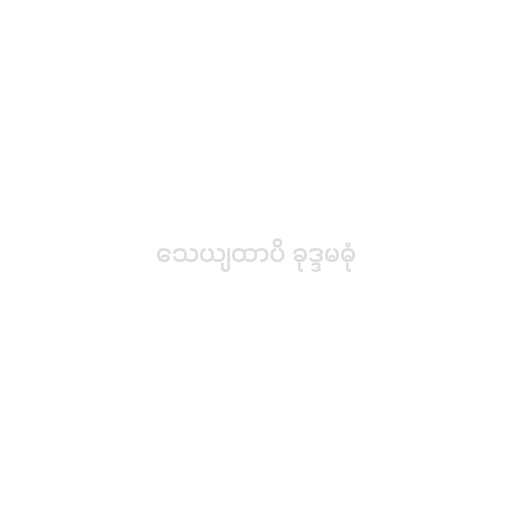
သေယျထာပိ ခုဒ္ဒမဓုံ